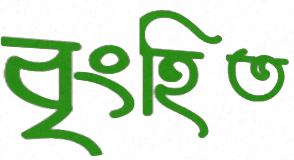
বৃংহিত